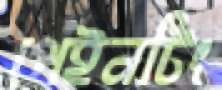
পেইনটিং